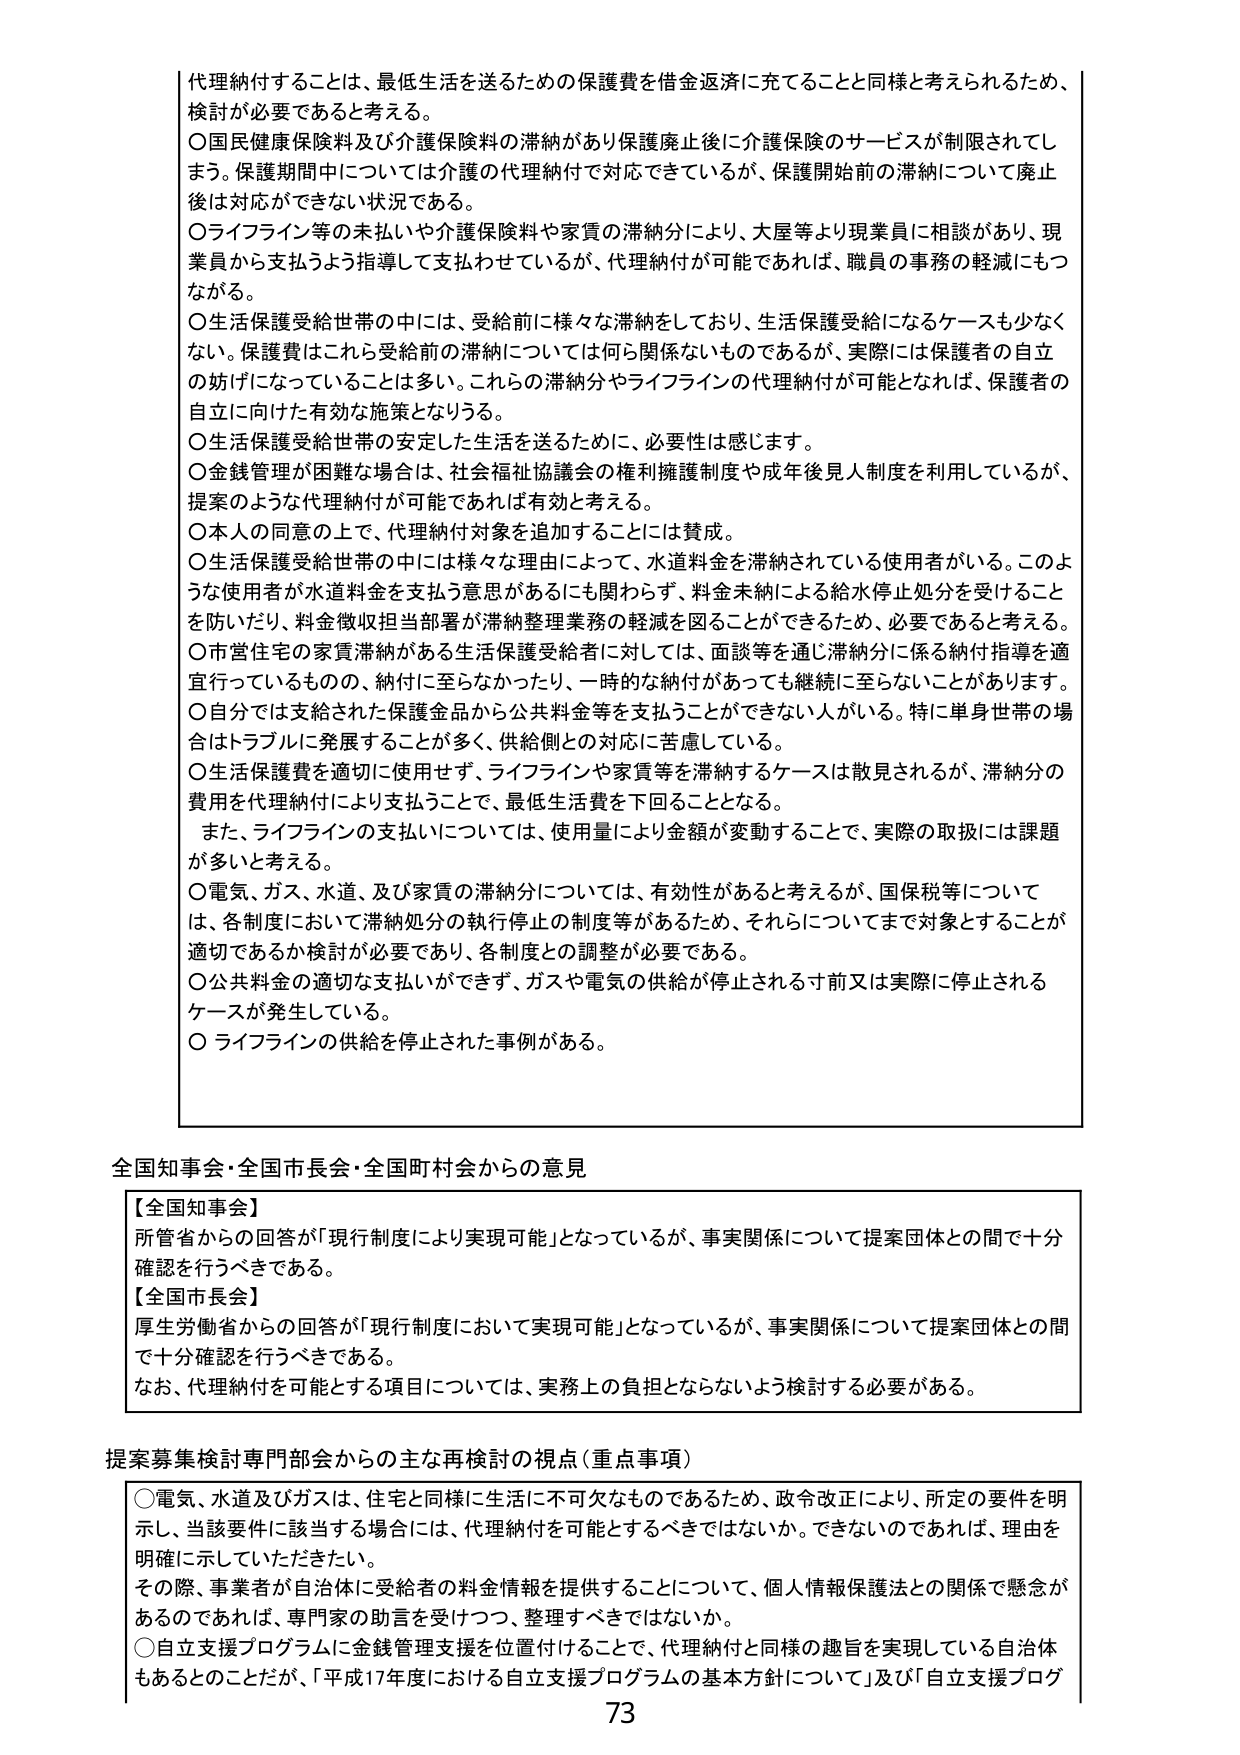
代理納付することは、最低生活を送るための保護費を借金返済に充てることと同様と考えられるため、
検討が必要であると考える。
○国民健康保険料及び介護保険料の滞納があり保護廃止後に介護保険のサービスが制限されてしまう。保護期間中については介護の代理納付で対応できているが、保護開始前の滞納について廃止後は対応ができない状況である。
○ライフライン等の未払いや介護保険料や家賃の滞納分により、大屋等より現業員に相談があり、現業員から支払うよう指導して支払わせているが、代理納付が可能であれば、職員の事務の軽減にもつながる。
○生活保護受給世帯の中には、受給前に様々な滞納をしており、生活保護受給になるケースも少なくない。保護費はこれら受給前の滞納については何ら関係ないものであるが、実際には保護者の自立の妨げになっていることは多い。これらの滞納分やライフラインの代理納付が可能となれば、保護者の自立に向けた有効な施策となりうる。
○生活保護受給世帯の安定した生活を送るために、必要性は感じます。
○金銭管理が困難な場合は、社会福祉協議会の権利擁護制度や成年後見人制度を利用しているが、提案のような代理納付が可能であれば有効と考える。
○本人の同意の上で、代理納付対象を追加することには賛成。
○生活保護受給世帯の中には様々な理由によって、水道料金を滞納されている使用者がいる。このような使用者が水道料金を支払う意思があるにも関わらず、料金未納による給水停止処分を受けることを防いだり、料金徴収担当部署が滞納整理業務の軽減を図ることができるため、必要であると考える。
○市営住宅の家賃滞納がある生活保護受給者に対しては、面談等を通じ滞納分に係る納付指導を適宜行っているものの、納付に至らなかったり、一時的な納付があっても継続に至らないことがあります。
○自分では支給された保護金品から公共料金等を支払うことができない人がいる。特に単身世帯の場合はトラブルに発展することが多く、供給側との対応に苦慮している。
○生活保護費を適切に使用せず、ライフラインや家賃等を滞納するケースは散見されるが、滞納分の費用を代理納付により支払うことで、最低生活費を下回ることとなる。
また、ライフラインの支払いについては、使用量により金額が変動することで、実際の取扱には課題が多いと考える。
○電気、ガス、水道、及び家賃の滞納分については、有効性があると考えるが、国保税等については、各制度において滞納処分の執行停止の制度等があるため、それらについてまで対象とすることが適切であるか検討が必要であり、各制度との調整が必要である。
○公共料金の適切な支払いができず、ガスや電気の供給が停止される寸前又は実際に停止されるケースが発生している。
○ライフラインの供給を停止された事例がある。

全国知事会・全国市長会・全国町村会からの意見

【全国知事会】
所管省からの回答が「現行制度により実現可能」となっているが、事実関係について提案団体との間で十分確認を行うべきである。
【全国市長会】
厚生労働省からの回答が「現行制度において実現可能」となっているが、事実関係について提案団体との間で十分確認を行うべきである。
なお、代理納付を可能とする項目については、実務上の負担とならないよう検討する必要がある。

提案募集検討専門部会からの主な再検討の視点（重点事項）

○電気、水道及びガスは、住宅と同様に生活に不可欠なものであるため、政令改正により、所定の要件を明示し、当該要件に該当する場合には、代理納付を可能とするべきではないか。できないのであれば、理由を明確に示していただきたい。
その際、事業者が自治体に受給者の料金情報を提供することについて、個人情報保護法との関係で懸念があるのであれば、専門家の助言を受けつつ、整理すべきではないか。
○自立支援プログラムに金銭管理支援を位置付けることで、代理納付と同様の趣旨を実現している自治体もあるとのことだが、「平成17年度における自立支援プログラムの基本方針について」及び「自立支援プログ

73